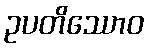
ဥပတိဿောဝ